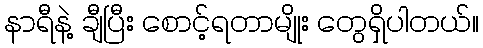
နာရီနဲ့ ချီပြီး စောင့်ရတာမျိုး တွေရှိပါတယ်။